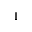
1